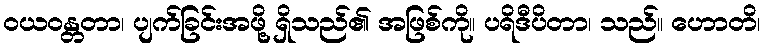
ဝယဝန္တတာ၊ ပျက်ခြင်းအဖို့ ရှိသည်၏ အဖြစ်ကို။ ပရိဒီပိတာ၊ သည်။ ဟောတိ၊